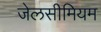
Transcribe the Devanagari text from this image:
जेलसीमियम